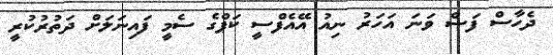
ދެހާސް ފަސް ވަނަ އަހަރު ނިއު އޭއެފްސީ ކަޕްގެ ސެމީ ފައިނަލަށް ދަތުރުކުރީ